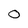
Character: 0